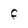
Character: F